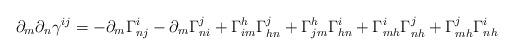
LaTeX: \begin{align*}\partial_m\partial_n\gamma^{ij}=-\partial_m\Gamma_{nj}^i-\partial_m\Gamma_{ni}^j+\Gamma_{im}^h\Gamma_{hn}^j+\Gamma_{jm}^h\Gamma_{hn}^i+\Gamma_{mh}^i\Gamma_{nh}^j+\Gamma_{mh}^j\Gamma_{nh}^i\end{align*}